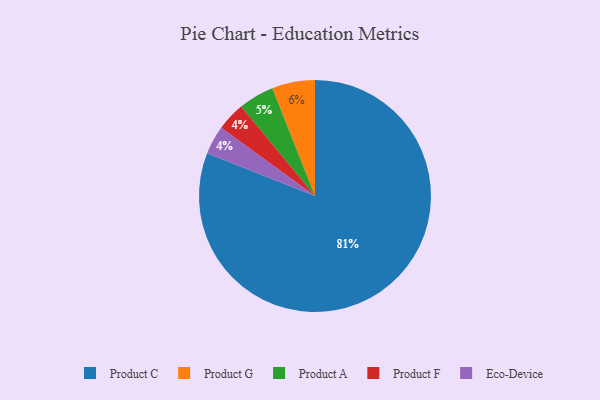
{"axis": {"x": "Category", "y": "Percentage"}, "legend": ["Eco-Device", "Product A", "Product C", "Product F", "Product G"], "data": [{"x": "Product A", "y": 5, "type": "Product A"}, {"x": "Product G", "y": 6, "type": "Product G"}, {"x": "Product F", "y": 4, "type": "Product F"}, {"x": "Product C", "y": 81, "type": "Product C"}, {"x": "Eco-Device", "y": 4, "type": "Eco-Device"}]}